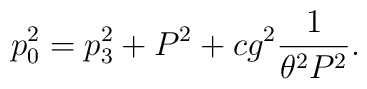
p_0^2 =p_3^2+ P^2 + c g^2 {1 \over \theta^2 P^2}.